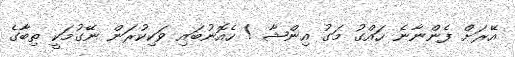
އޭރަށް ފެންނާނެ ހައްގު މަގު އިންޝާ ! ހެއޮނުބައި ވަކިކުރަން ނޭގުމަކީ ތިބާގެ